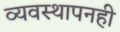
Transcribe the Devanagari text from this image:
व्यवस्थापनही